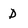
Character: D